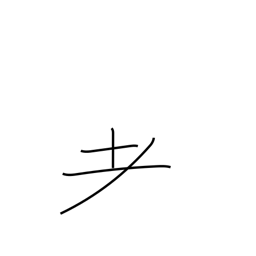
Meaning: variant of radical 125